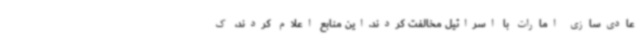
عادی‌سازی امارات با اسرائیل مخالفت کردند.این منابع اعلام کردند، ک